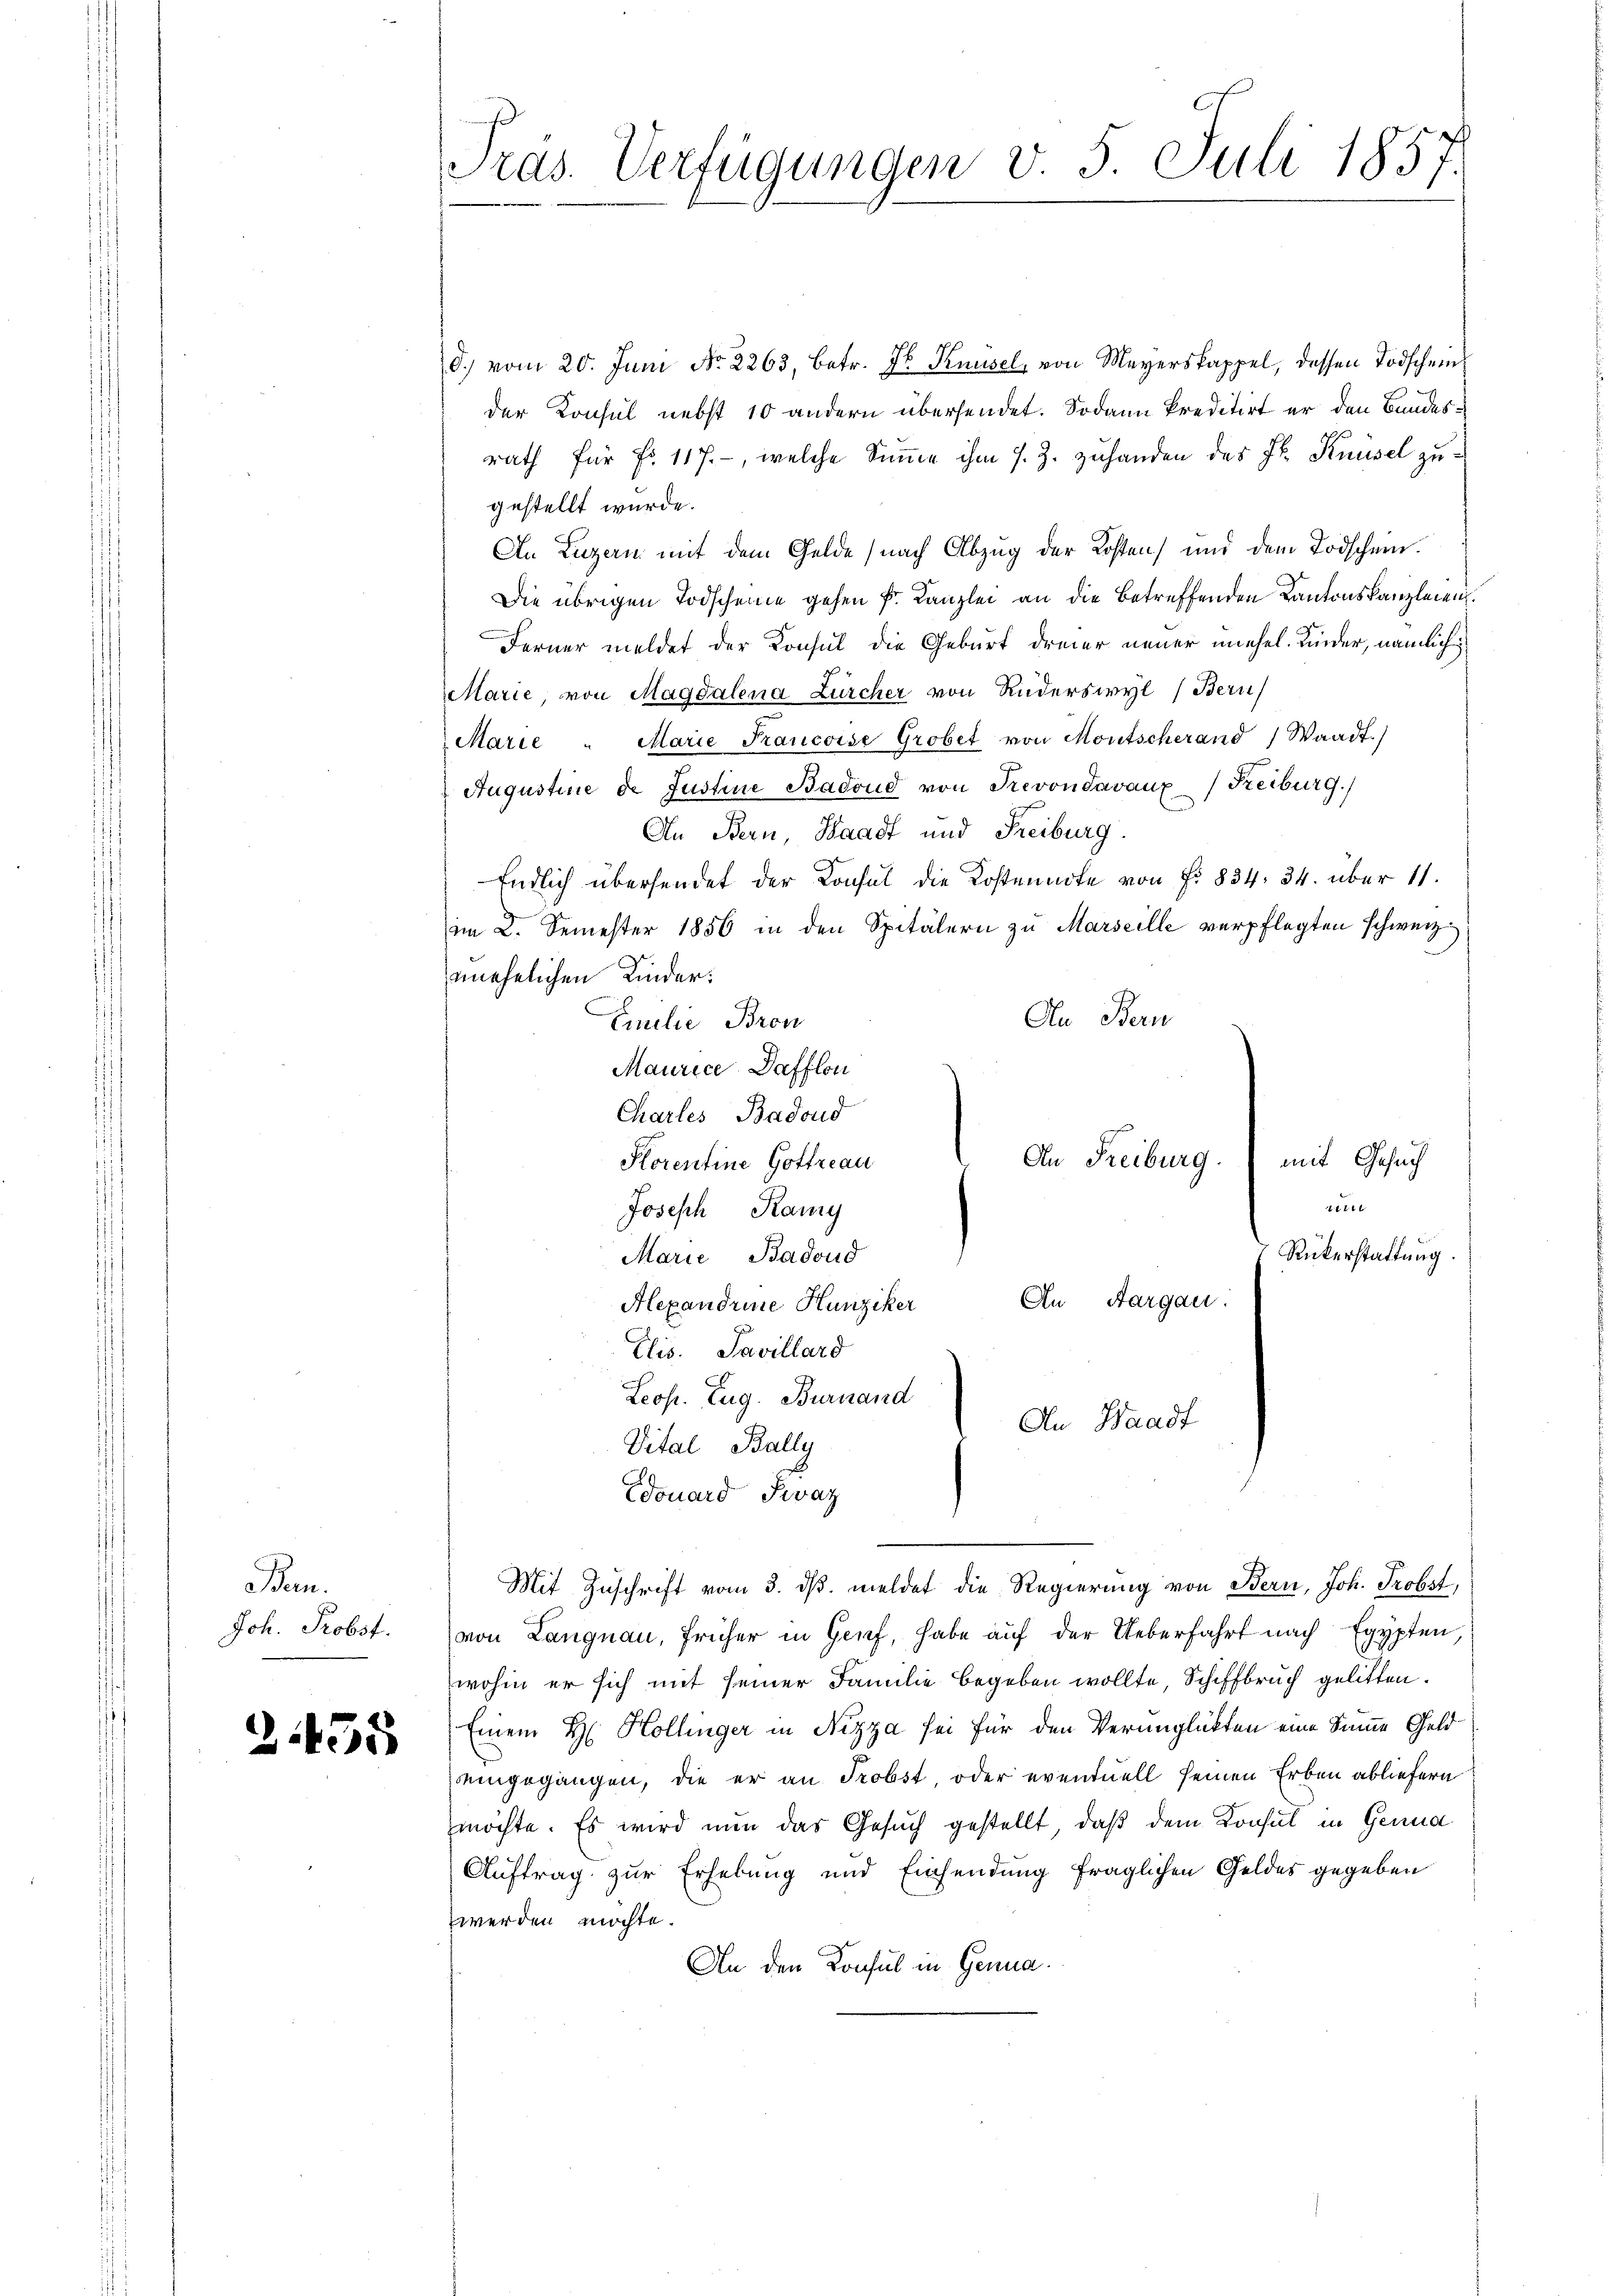
Ben.
Joh. Probst.

2455

rds. Verfügungen v. 5. Juli 1857.

d. vom 20. Juni No 2263, betr. Jb. Knüsel, von Meyerskappel, dessen Todschein
der Konsul nebst 10 andern übersendet. Sodann kreditirt er den Bundesrath für Fr. 117., welche Summe ihm s. Z. zuhanden des Fr. Knüsel zugestellt wurde.
An Luzern mit dem Gelde (nach Abzug der Kosten) und dem Todschein.
Die übrigen Todscheine gehen k. Kanzlei an die betreffenden Kantonskanzleien.
Ferner meldet der Konsul die Geburt dreier neuer unehel. Kinder, nämlich
Marie von Magdalena Zürcher von Ruderswyl (Bern
Marie " Marie Francoise Grobet von Montscherand Waadt)
Augustine de Justine Badoud von Prevondavaux (Freiburg.)
An Bern Waadt und Freiburg.
Endlich übersendet der Konsul die Kostennote von Fr. 834. 34. über 11.
im 2. Semester 1856 in den Spitälern zu Marseille verpflegten schweiz.
unehelichen Kinder:
An Bern
Emilie Bron
Maurice. Dafflon
Charles Badoud
An Freiburg. (mit Gesuch
Storentine Gottreau
14
Joseph Ramy
Rükerstattung.
Marie Badoud
An Aargau.
Alexandrine Hunziker
Elis. Pavillard
Leop. Zug. Burnand
An Waadt
Vital, Bally
Edouard Fevaz
Mit Zuschrift vom 3. ds. meldet die Regierung von Bern, Joh. Probst,
von Langnau, früher in Genf, habe auf der Ueberfahrt nach Egypten
wohin er sich mit seiner Familie begeben wollte, Schiffbruch gelitten.
Einem H. Hollinger in Nizza sei für den Verunglükten eine Summe Geld
eingegangen, die er an Probst, oder eventuell seinen Erben abliefern
möchte. Es wird nun das Gesuch gestellt, daß dem Konsul in Genua
Auftrag zur Erhebung und Einsendung fraglichen Geldes gegeben
werden möchte.
An den Konsul in Genua